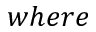
w h e r e